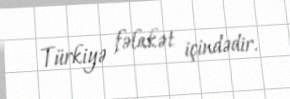
Türkiyə fəlakət içindədir.